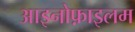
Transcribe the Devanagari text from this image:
आइनोफ़ाइलम